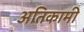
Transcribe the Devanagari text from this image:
अतिकामी